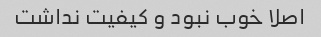
اصلا خوب نبود و کیفیت نداشت